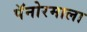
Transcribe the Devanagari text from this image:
पॅनोरमाला